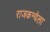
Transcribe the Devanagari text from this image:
राजकन्येला